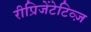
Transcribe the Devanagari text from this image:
रीप्रिजेंटेटिव्ज़